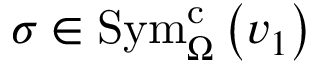
\sigma \in \mathrm { S y m } _ { \Omega } ^ { \mathrm { c } } \left( v _ { 1 } \right)